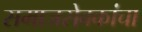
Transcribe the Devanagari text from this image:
समाजसेवकांचा